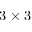
3 \times 3